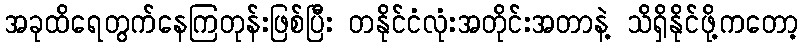
အခုထိရေတွက်နေကြတုန်းဖြစ်ပြီး တနိုင်ငံလုံးအတိုင်းအတာနဲ့ သိရှိနိုင်ဖို့ကတော့